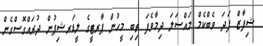
ޝިފާޒް ފަދަ ވެބްކެމް މައްސަލަ ދިމާވެފަ ތިބި މީހުން ޕާރޓީގެ ލީޑަރޝިޕުން ދުރައްގޮސްގެން